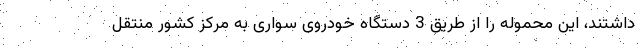
داشتند، این محموله را از طریق 3 دستگاه خودروی سواری به مرکز کشور منتقل